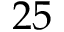
2 5